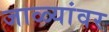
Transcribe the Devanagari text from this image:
जाळ्यांवर